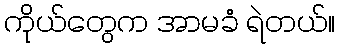
ကိုယ်တွေက အာမခံ ရဲတယ်။